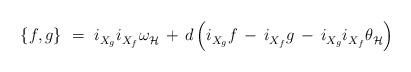
LaTeX: \begin{align*} \{f,g\}~=~i_{X_g}^{} i_{X_f}^{} \omega_{\mathcal{H}}^{} \, + \, d \, \Bigl( i_{X_g}^{} f \, - \, i_{X_f}^{} g \, - \, i_{X_g}^{} i_{X_f}^{} \theta_{\mathcal{H}}^{} \Bigr)\end{align*}